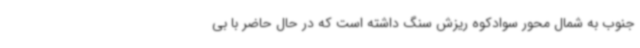
جنوب به شمال محور سوادکوه ریزش سنگ داشته است که در حال حاضر با بی